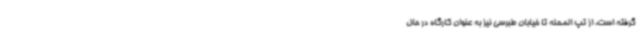
گرفته است. از تپ المحله تا خیابان طبرسی نیز به عنوان کارگاه در حال